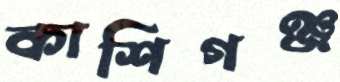
কাশিগঞ্জ